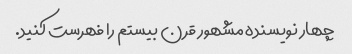
چهار نویسنده مشهور قرن بیستم را فهرست کنید.